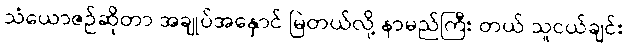
သံယောဇဉ်ဆိုတာ အချုပ်အနှောင် မြဲတယ်လို့ နာမည်ကြီး တယ် သူငယ်ချင်း